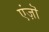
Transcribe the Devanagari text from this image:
एंज़ॊ